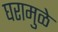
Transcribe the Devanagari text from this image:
घरामुळे